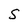
Character: S